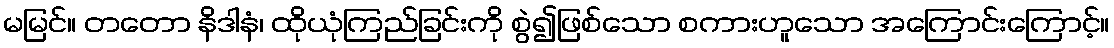
မမြင်။ တတော နိဒါနံ၊ ထိုယုံကြည်ခြင်းကို စွဲ၍ဖြစ်သော စကားဟူသော အကြောင်းကြောင့်။